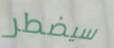
سيضطر